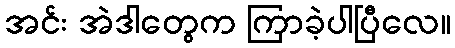
အင်း အဲဒါတွေက ကြာခဲ့ပါပြီလေ။